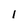
Character: I